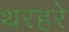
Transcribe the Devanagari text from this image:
थरहरे